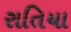
રાતિયા